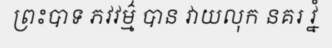
ព្រះបាទ ភវវម៌្ម បាន វាយលុក នគរ វ្នំ